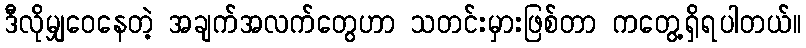
ဒီလိုမျှဝေနေတဲ့ အချက်အလက်တွေဟာ သတင်းမှားဖြစ်တာ ကတွေ့ရှိရပါတယ်။